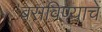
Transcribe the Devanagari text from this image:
बसविण्याचें